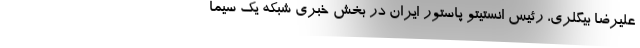
علیرضا بیگلری، رئیس انستیتو پاستور ایران در بخش خبری شبکه یک سیما